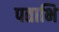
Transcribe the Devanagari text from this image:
पताभि